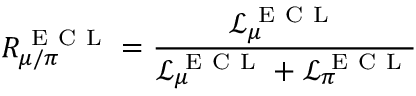
R _ { \mu / \pi } ^ { \mathrm { ~ E ~ C ~ L ~ } } = \frac { \mathcal { L } _ { \mu } ^ { \mathrm { ~ E ~ C ~ L ~ } } } { \mathcal { L } _ { \mu } ^ { \mathrm { ~ E ~ C ~ L ~ } } + \mathcal { L } _ { \pi } ^ { \mathrm { ~ E ~ C ~ L ~ } } }